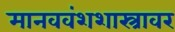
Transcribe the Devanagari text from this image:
मानववंशशास्त्रावर